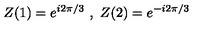
Z ( 1 ) = e ^ { i 2 \pi / 3 } \ , \ Z ( 2 ) = e ^ { - i 2 \pi / 3 }